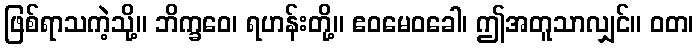
ဖြစ်ရာသကဲ့သို့။ ဘိက္ခဝေ၊ ရဟန်းတို့။ ဧဝမေဝခေါ၊ ဤအတူသာလျှင်။ ဝတ၊